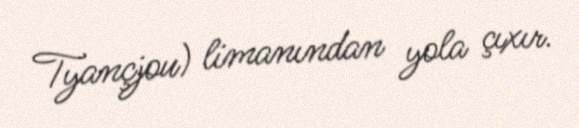
Tyançjou) limanından yola çıxır.